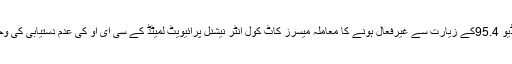
کونسل نے ایف ایم ریڈیو 95.4کے زیارت سے غیرفعال ہونے کا معاملہ میسرز کاٹ کول انٹر نیشنل پرائیویٹ لمیٹڈ کے سی ای او کی عدم دستیابی کی وجہ سے مئوخر کر دیا۔